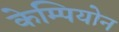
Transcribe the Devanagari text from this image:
केम्पियोन